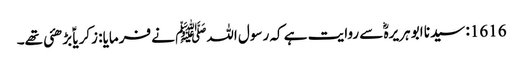
1616: سیدنا ابو ہریرہؓ سے روایت ہے کہ رسول اللہﷺ نے فرمایا: زکریاؑ بڑھئی تھے۔